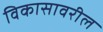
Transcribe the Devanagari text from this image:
विकासावरील